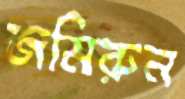
জমিরুন